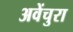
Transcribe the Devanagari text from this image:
अवेंचुरा